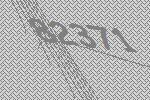
82371